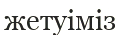
жетуіміз